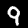
Digit: 9